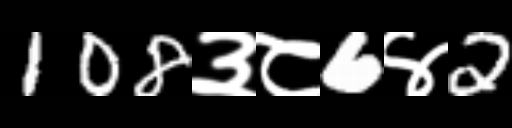
Text: 108३८6४2